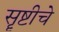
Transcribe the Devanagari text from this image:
सॄष्टीचे